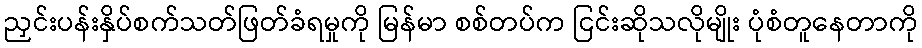
ညှင်းပန်းနှိပ်စက်သတ်ဖြတ်ခံရမှုကို မြန်မာ စစ်တပ်က ငြင်းဆိုသလိုမျိုး ပုံစံတူနေတာကို